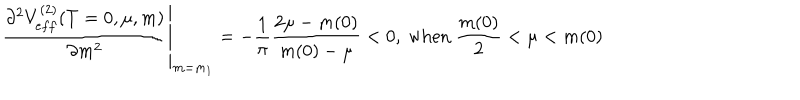
\left. \frac { \partial ^ { 2 } V _ { e f f } ^ { ( 2 ) } ( T = 0 , \mu , m ) } { \partial m ^ { 2 } } \right| _ { m = m _ { 1 } } = - \frac { 1 } { \pi } \frac { 2 \mu - m ( 0 ) } { m ( 0 ) - \mu } < 0 , \ \mathrm { w h e n } \ \frac { m ( 0 ) } { 2 } < \mu < m ( 0 )